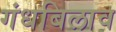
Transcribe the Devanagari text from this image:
गंधबिलाव